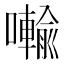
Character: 𭌋